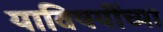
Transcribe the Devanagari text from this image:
याविषयींच्या